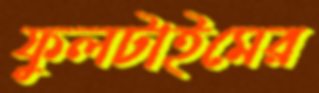
ফুলটাইমের